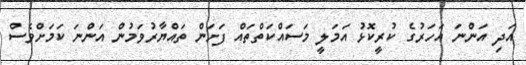
އަދި އަންނަ އަހަރުގެ ކުރީކޮޅު އަމަލީ މަސައްކަތްތައް ފަށަން ތައްޔާރުވަމުން އަންނަ ކަމަށްވެސް